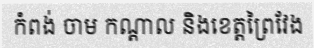
កំពង់ ចាម កណ្តាល និងខេត្តព្រៃវែង